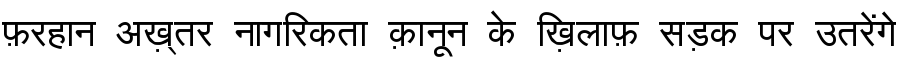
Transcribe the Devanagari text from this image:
फ़रहान अख़्तर नागरिकता क़ानून के ख़िलाफ़ सड़क पर उतरेंगे